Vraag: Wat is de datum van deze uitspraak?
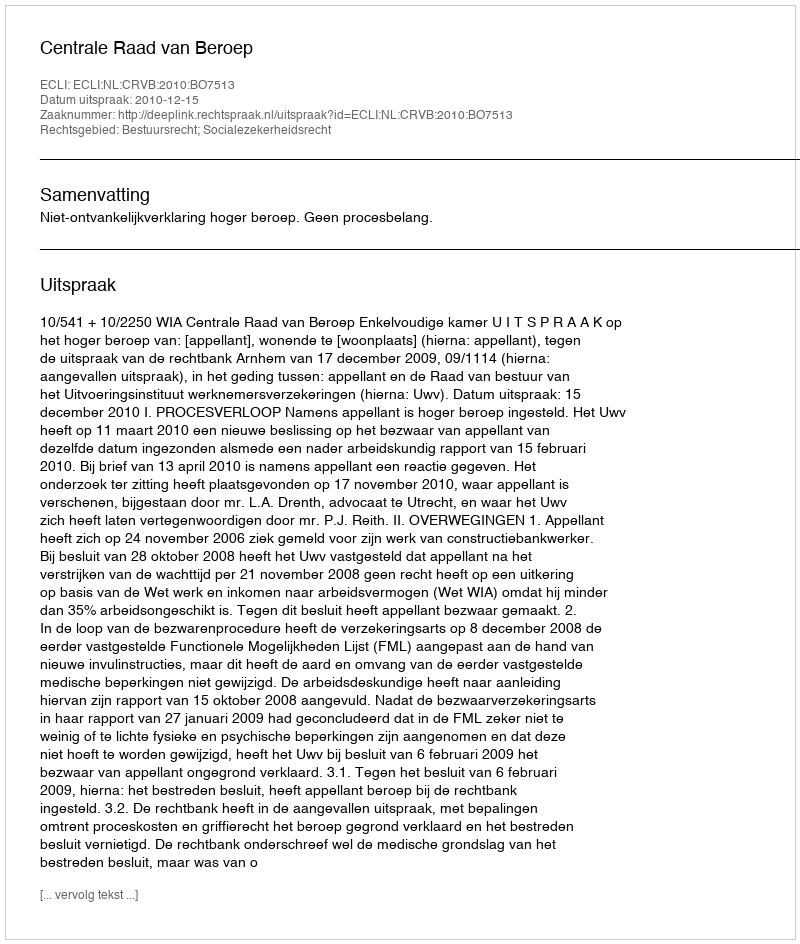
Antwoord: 2010-12-15